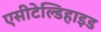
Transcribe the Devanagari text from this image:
एसीटेल्डिहाइड